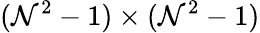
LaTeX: (\mathcal{N}^{2}-1)\times(\mathcal{N}^{2}-1)